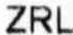
ZRL